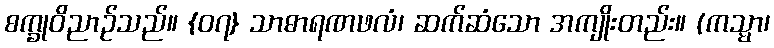
စက္ခုဝိညာဉ်သည်။ {၀၇} သာဓာရဏဖလံ၊ ဆက်ဆံသော အကျိုးတည်း။ (ကသ္မာ၊